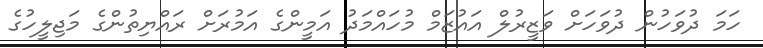
ހަމަ ދުވަހުން ދުވަހަށް ވަޒީރުލް އައުޒަމް މުހައްމަދު އަމީންގެ އަމުރަށް ރައްޔިތުންގެ މަޖިލީހުގެ